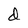
Character: d